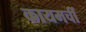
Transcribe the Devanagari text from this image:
कायमचीं